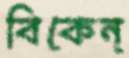
বিকেন্